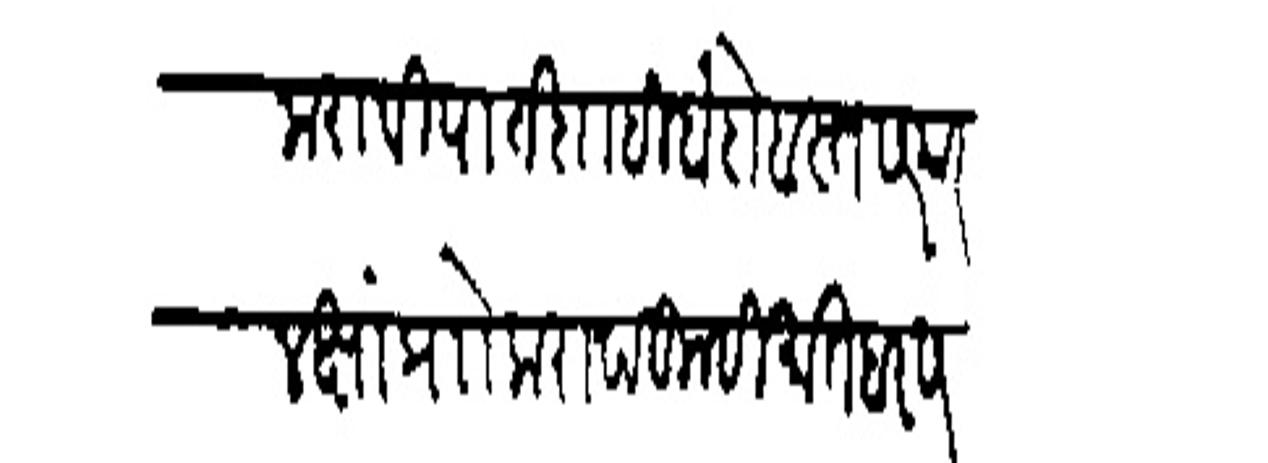
Transliteration (Devanagari): करावी पातशाही बंदोबस्त सरकार लक्षा प्रोा करावा तुम्ही मातबर सरदार